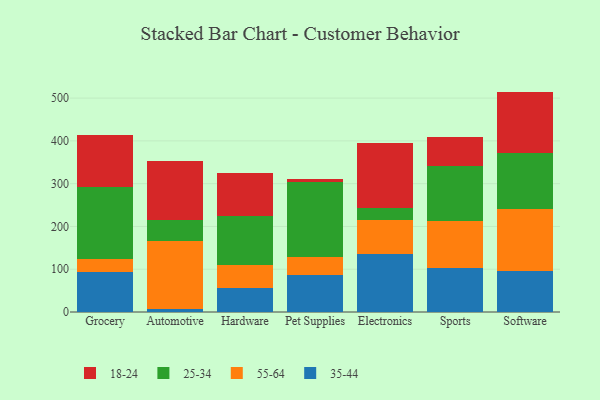
{"axis": {"x": "Category", "y": "Net Income (USD K)"}, "legend": ["18-24", "25-34", "35-44", "55-64"], "data": [{"x": "Grocery", "y": 93.5, "type": "35-44"}, {"x": "Grocery", "y": 30.8, "type": "55-64"}, {"x": "Grocery", "y": 168.8, "type": "25-34"}, {"x": "Grocery", "y": 119.8, "type": "18-24"}, {"x": "Automotive", "y": 7.7, "type": "35-44"}, {"x": "Automotive", "y": 158.1, "type": "55-64"}, {"x": "Automotive", "y": 50.3, "type": "25-34"}, {"x": "Automotive", "y": 136.9, "type": "18-24"}, {"x": "Hardware", "y": 56.2, "type": "35-44"}, {"x": "Hardware", "y": 53.9, "type": "55-64"}, {"x": "Hardware", "y": 113.9, "type": "25-34"}, {"x": "Hardware", "y": 99.8, "type": "18-24"}, {"x": "Pet Supplies", "y": 87.5, "type": "35-44"}, {"x": "Pet Supplies", "y": 42.0, "type": "55-64"}, {"x": "Pet Supplies", "y": 173.8, "type": "25-34"}, {"x": "Pet Supplies", "y": 6.7, "type": "18-24"}, {"x": "Electronics", "y": 136.6, "type": "35-44"}, {"x": "Electronics", "y": 78.0, "type": "55-64"}, {"x": "Electronics", "y": 27.8, "type": "25-34"}, {"x": "Electronics", "y": 151.9, "type": "18-24"}, {"x": "Sports", "y": 103.0, "type": "35-44"}, {"x": "Sports", "y": 110.6, "type": "55-64"}, {"x": "Sports", "y": 128.8, "type": "25-34"}, {"x": "Sports", "y": 65.8, "type": "18-24"}, {"x": "Software", "y": 96.4, "type": "35-44"}, {"x": "Software", "y": 144.8, "type": "55-64"}, {"x": "Software", "y": 130.7, "type": "25-34"}, {"x": "Software", "y": 143.3, "type": "18-24"}]}